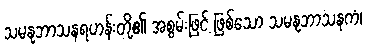
သမနုဘာသနရဟန်းတို့၏ အစွမ်းဖြင့် ဖြစ်သော သမနုဘာသနကံ၊